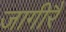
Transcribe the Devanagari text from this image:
जागीरैं